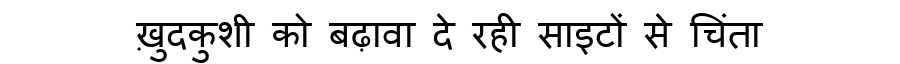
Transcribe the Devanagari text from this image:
ख़ुदकुशी को बढ़ावा दे रही साइटों से चिंता